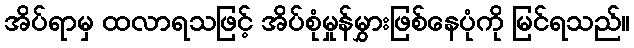
အိပ်ရာမှ ထလာရသဖြင့် အိပ်စုံမှုန်မွှားဖြစ်နေပုံကို မြင်ရသည်။